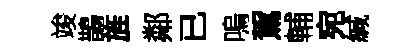
竣鵲旌鄰已嗚駕輔宛緘